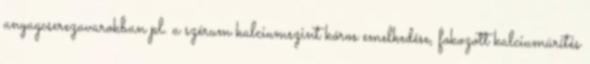
anyagcserezavarokban pl. a szérum kalciumszint kóros emelkedése, fokozott kalciumürítés